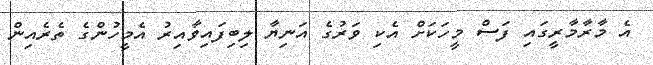
އެ މާރާމާރީގައި ފަސް މީހަކަށް އެކި ވަރުގެ އަނިޔާ ލިބިފައިވާއިރު އެމީހުންގެ ތެރެއިން